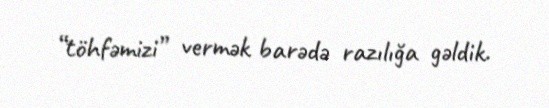
“töhfəmizi” vermək barədə razılığa gəldik.